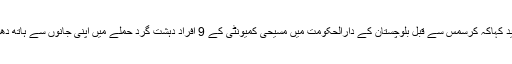
انہوں نے مزید کہاکہ کرسمس سے قبل بلوچستان کے دارالحکومت میں مسیحی کمیونٹی کے 9 افراد دہشت گرد حملے میں اپنی جانوں سے ہاتھ دھو بیٹھے ہیں ۔